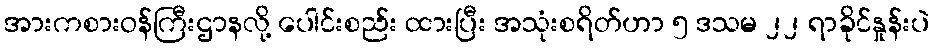
အားကစားဝန်ကြီးဌာနလို့ ပေါင်းစည်း ထားပြီး အသုံးစရိတ်ဟာ ၅ ဒသမ ၂၂ ရာခိုင်နှုန်းပဲ